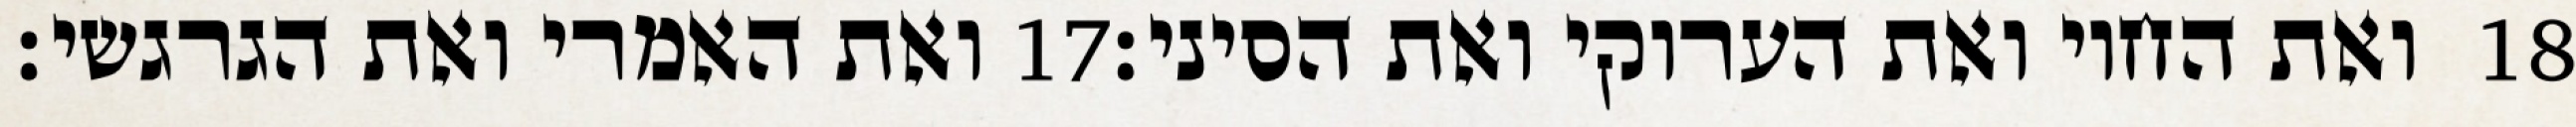
ואת האמרי ואת הגרגשי׃ ‎17‏ ואת החוי ואת הערוקי ואת הסיני׃ ‎18‏